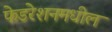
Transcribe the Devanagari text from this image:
फेडरेशनमधील